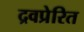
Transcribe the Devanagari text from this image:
द्रवप्रेरित